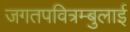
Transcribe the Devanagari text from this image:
जगतपवित्रम्बुलाई